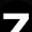
Digit: 7